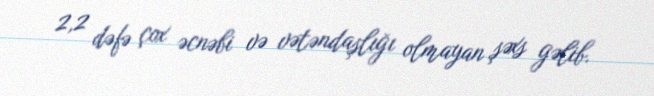
2,2 dəfə çox əcnəbi və vətəndaşlığı olmayan şəxs gəlib.